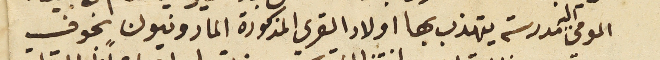
المومى اليه مدرسة يتهذب بها اولاد القرى المذكورة المارونيون بخوف